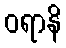
ဝရာနိ